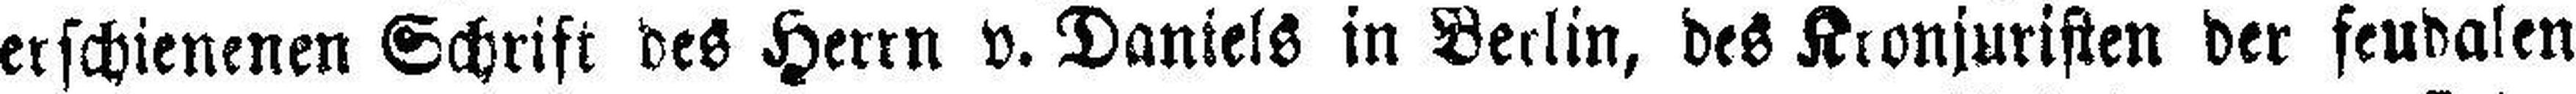
erschienenen Schrift des Herrn v. Daniels in Berlin, des Kronjuristen der feudalen